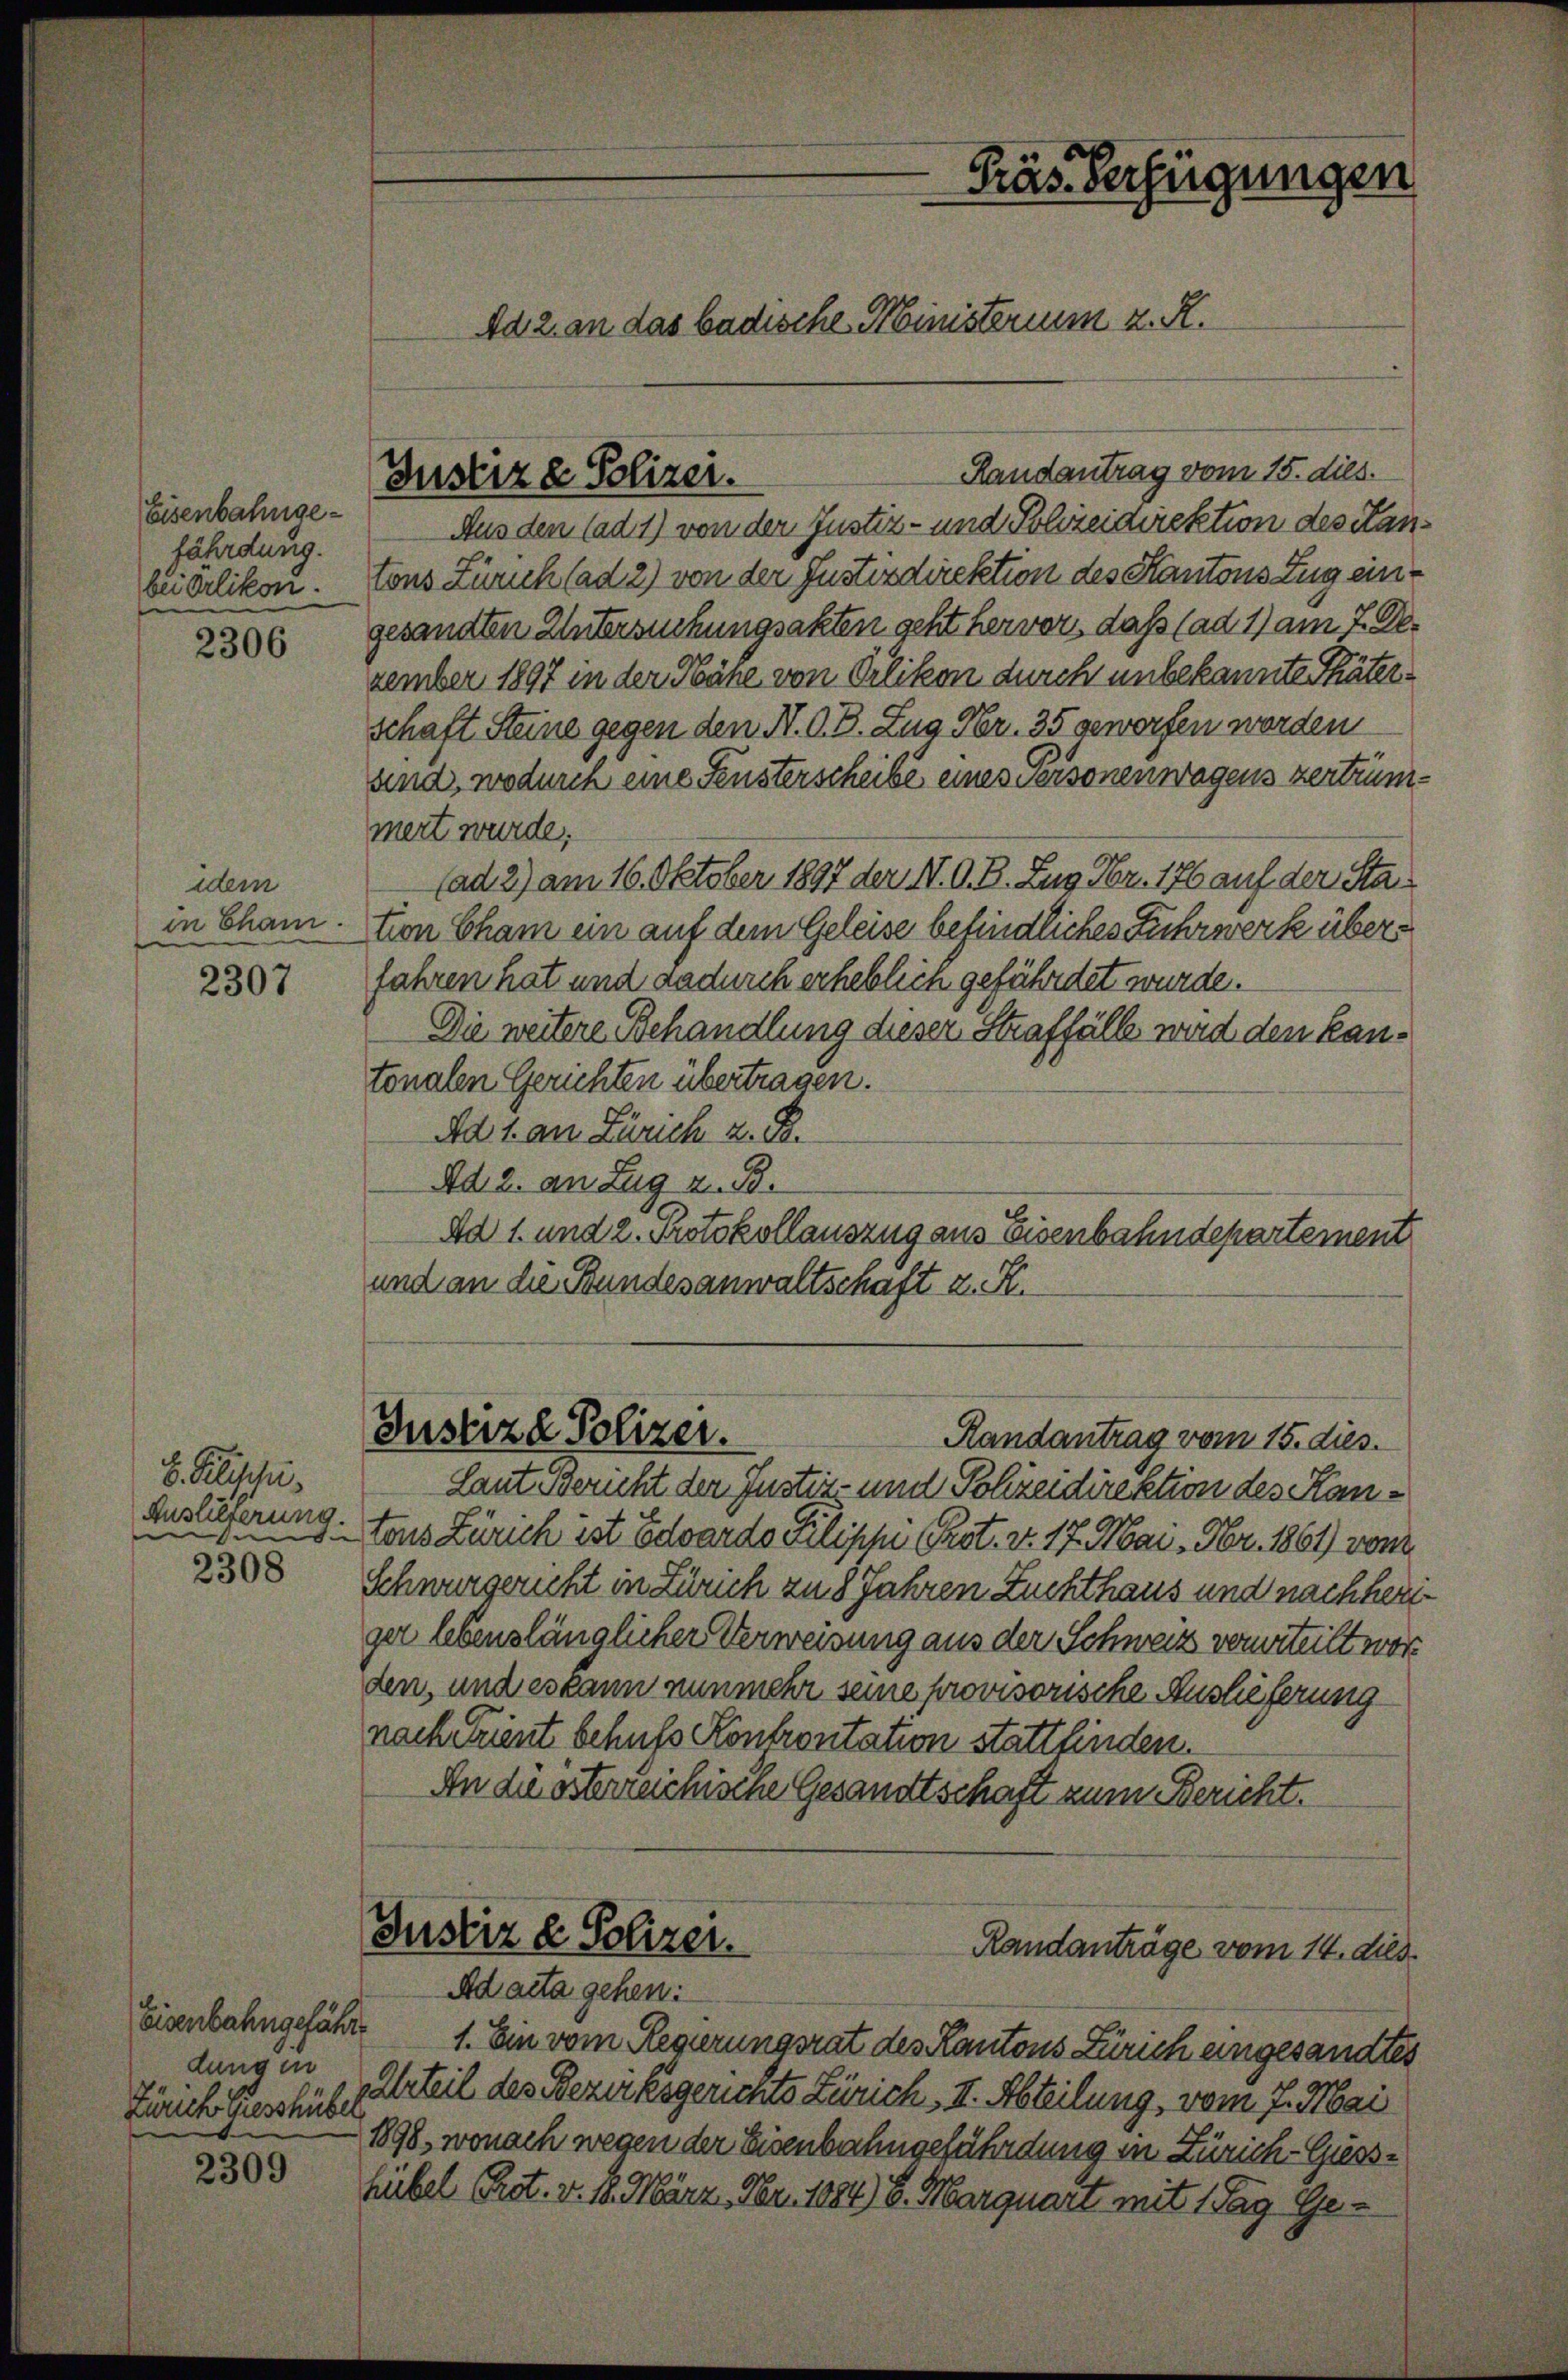
Eisenbahngefährdung.
beierlikon.

2306

ddem
in Cham.

2307

E. Plischei
Auslieferung
e
2308

Eisenbahngefährdung in
Zürich Gusshüber

2309

Randantrag vom 15. dies.
Aus den (ad 1) von der Justiz- und Polizeidirektion des Hantons Zürich (ad 2) von der Justizdirektion des Kantons Zug eingesandten Untersuchungsakten geht hervor, daß (ad 1) am 7. Dezember 1897 in der Nähe von Vilikon durch unbekannte Thäterschaft Steine gegen den N. O. B. Zug Nr. 35 geworfen worden
and, wodurch eine Fensterscheibe eines Personenwagens zertrümmert wurde,
(ad 2) am 16. Oktober 1897 der N. O. B. Zug Fr. 176 auf der Sta
tion Cham ein auf dem Geleise befindliches Fuhrwerk überfahren hat und dadurch erheblich gefährdet wurde.
Die weitere Behandlung dieser Straffälle wird den kantonalen Gerichten übertragen.
Ad 1. an Zürich z. B.
Ad 2. an Zug z. B.
Ad 1. und 2. Protokollauszug aus Eisenbahndepartement
und an die Bundesanwaltschaft z. R.

Präs. Verfügungen
Ad 2. an das badische Ministerium z. R.

Justiz & Polizei.

Laut Bericht der Justiz- und Polizeidirektion des Hantons Zürich ist Edwardo Pilippe Prot. v. 17. Mai - Fr. 1861 vom
Schwurgericht in Zürich zu 8 Jahren Zuchthaus und nachheriger lebenslänglicher Verweisung aus der Schweiz verurteilt word
den, und es kann nunmehr seine provisorische Auslieferung
nach Trient behufs Kontrontation stattfinden.
An die österreichische Gesandtschaft zum Bericht.
Justiz & Polizei.
Randanträge vom 14. dies
Ad acta gehen:
1. Ein vom Regierungsrat des Kantons Zürich eingesandtes
Urteil des Bezirksgerichts Zürich, II. Abteilung, vom 7. Mai
1898, wonach wegen der Eisenbahngefährdung in Zürich-Gisshübel Prot. v. 18. März. Nr. 1884) S. Marquart mit 1 Tag Ge¬

Justiz & Polizei.
Randantrag vom 15. dies